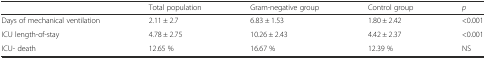
|  | Total population | Gram-negative group | Control group | p |
 | --- | --- | --- | --- | --- |
 | Days of mechanical ventilation | 2.11 ± 2.7 | 6.83 ± 1.53 | 1.80 ± 2.42 | <0.001 |
 | ICU length-of-stay | 4.78 ± 2.75 | 10.26 ± 2.43 | 4.42 ± 2.37 | <0.001 |
 | ICU- death | 12.65 % | 16.67 % | 12.39 % | NS |